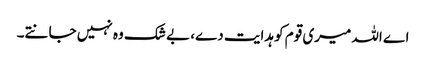
اے اللہ میری قوم کو ہدایت دے، بے شک وہ نہیں جانتے۔